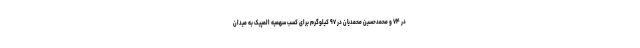
در ۷۴ و محمدحسین محمدیان در ۹۷ کیلوگرم برای کسب سهمیه المپیک به میدان